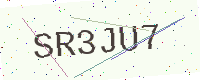
Text: SR3JU7